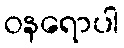
ဝနရောပါ